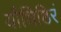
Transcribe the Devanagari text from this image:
यौधिष्ठिरं